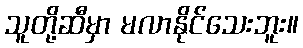
သူတို့ဆီမှာ မလာနိုင်သေးဘူး။